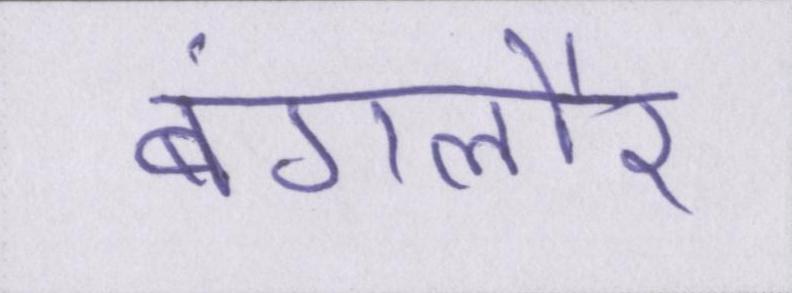
बंगलौर